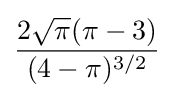
{\frac {2{\sqrt {\pi }}(\pi -3)}{(4-\pi )^{3/2}}}